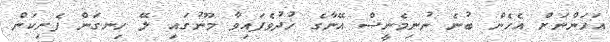
އަހަންނަށް އެހެން ބުނެ ނުނިމެނީސް އޭނާގެ ހުދުވެފައިވާ މޫނުގައި ލޭ ހިނގަން ފެށިކަން